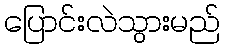
ပြောင်းလဲသွားမည်